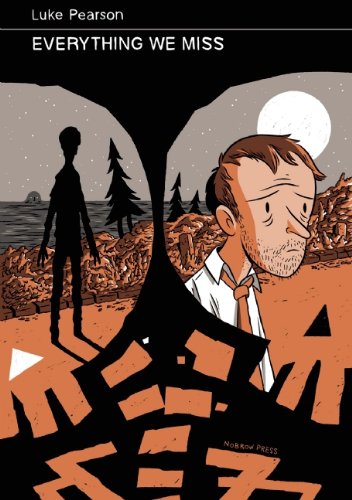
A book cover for Everything We Miss; Comics & Graphic Novels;